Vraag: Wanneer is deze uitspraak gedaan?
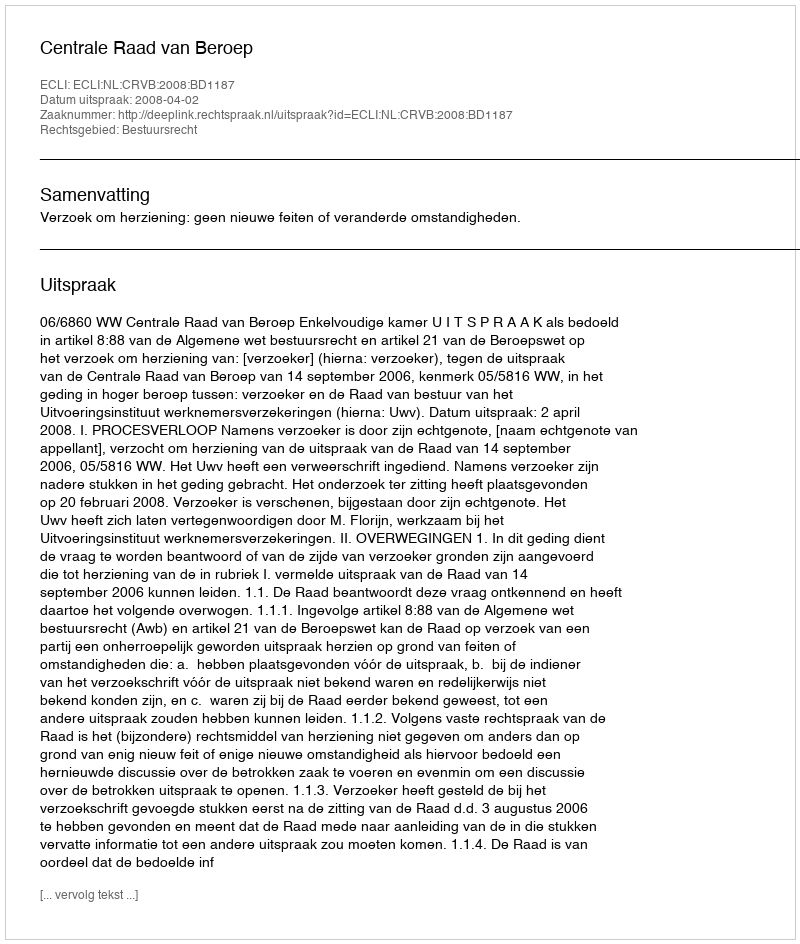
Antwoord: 2008-04-02